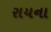
રાયના